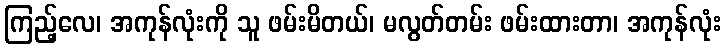
ကြည့်လေ၊ အကုန်လုံးကို သူ ဖမ်းမိတယ်၊ မလွတ်တမ်း ဖမ်းထားတာ၊ အကုန်လုံး